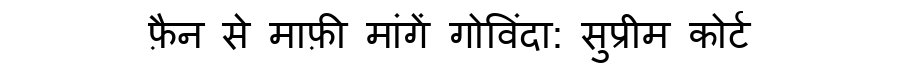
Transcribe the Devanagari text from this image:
फ़ैन से माफ़ी मांगें गोविंदा: सुप्रीम कोर्ट